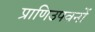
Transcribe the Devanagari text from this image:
प्राणिउपवनों